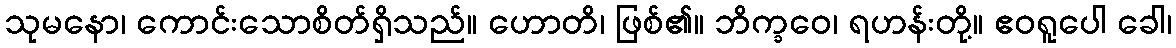
သုမနော၊ ကောင်းသောစိတ်ရှိသည်။ ဟောတိ၊ ဖြစ်၏။ ဘိက္ခဝေ၊ ရဟန်းတို့။ ဧဝရူပေါ ခေါ၊